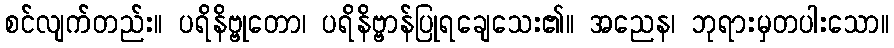
စင်လျက်တည်း။ ပရိနိဗ္ဗုတော၊ ပရိနိဗ္ဗာန်ပြုရချေသေး၏။ အညေန၊ ဘုရားမှတပါးသော။